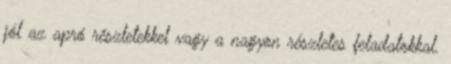
jól az apró részletekkel vagy a nagyon részletes feladatokkal.